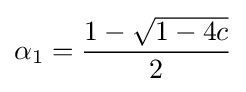
\alpha _{1}={\frac {1-{\sqrt {1-4c}}}{2}}